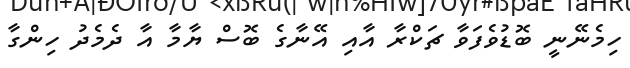
ހިމެނޭނީ ބޮޑުވެފަވާ ޗަކްރާ އާއި އޭނާގެ ބޮސް ޔާމާ އާ ދެމެދު ހިންގާ